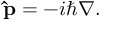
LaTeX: \mathbf { \hat { p } } = - i \hbar \nabla .